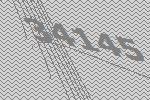
34145